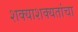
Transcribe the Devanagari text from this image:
शक्याशक्यतांचा